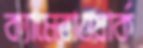
ক্যামেরাওয়ার্ক